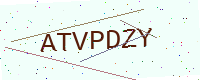
Text: ATVPDZY